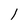
Character: 1